Calcutta medical institutions reports 1871-78
Year: 1871
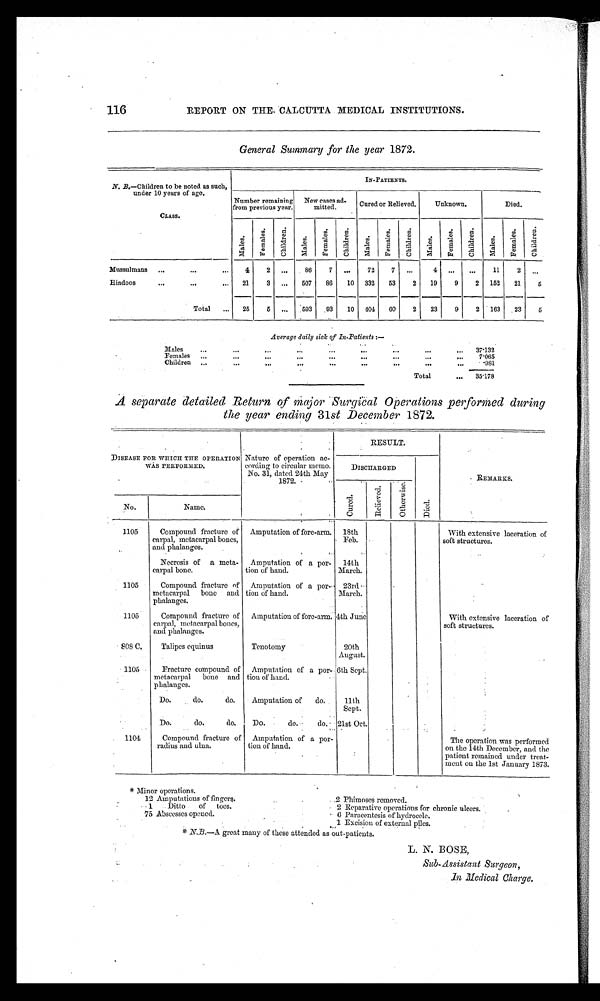
116
REPORT ON THE CALCUTTA MEDICAL INSTITUTIONS.
General Summary for the year 1872.
N. B.—Children to be noted as such,
under 10 years of age.
CLASS.
IN-PATIENTS.
Number remaining
from previous year.
New cases ad-
mitted.
Cured or Relieved.
Unknown.
Died.
Ma l e s .
F e ma l e s .
C h i l d r e n .
Ma l e s .
F e ma l e s .
Ch i l d r e n .
Ma l e s .
F e ma l e s .
C h i l d r e n .
Ma l e s .
F e ma l e s . Ch i l d r e n . Ma l e s . Fe ma l e s .
Chi l dr e n.
Mussulmans
4
2 ...
86
7 ...
72
7 ...
4
. . . ...
11
2
. . .
Hindoos
21
3 ... 507 86 10 332 53
2 19
9
2 152 21
5
Total
25
5 ... 593 93 10 404 60
2 23
9
2 163 23
5
Average daily sick of In-Patients:—
Males
...
...
...
...
...
...
...
...
... 37.132
Females ....
...
...
... ...
...
...
...
...
7.065
Children ...
...
...
...
...
... ...
...
...
981
Total
... 35.178
A separate detailed Return of major Surgical Operations performed durin
ng the year ending 31st December 1872.
DISEASE FOR WHICH THE OPERATION
WAS PERFORMED.
Nature of operation ac-
cording to circular memo.
No. 31, dated 24th May
1872.
RESULT.
REMARKS.
DISCHARGED
Died.
Cur ed.
Re l i e ve d.
O t h e r w i s e .
No.
Name.
1105
Compound fracture of
carpal, metacarpal bones,
and phalanges.
Amputation of fore-arm. 18th
Feb.
With extensive laceration of
s o f t s t r u c t u r e s .
Necrosis of a meta-
carpal bone.
Amputation of a por-
tion of hand.
14th
March.
1105
Compound fracture of
metacarpal bone and
phalanges.
Amputation of a por-
tion of hand.
23rd
March.
1105
Compound fracture of
carpal, metacarpal bones,
and phalanges.
Amputation of fore-arm. 4th June
With extensive laceration of
s o f t s t r u c t u r e s .
808 C.
Talipes equinus
Tenotomy
20th
August.
1105
Fracture compound of
metacarpal bone and
phalanges.
Amputation of a por-
tion of hand.
6th Sept.
Do. do. do.
Amputation of do.
11th
Sept.
Do. do. do.
Do. do. do. 21st Oct.
1104
Compound fracture of
radius and ulna.
Amputation of a por-
tion of hand.
The operation was performed
on the 14th December, and the
patient remained under treat-
ment on the 1st January 1873.
* Minor operations.
12 Amputations of fingers.
2 Phimoses removed.
1 Ditto of toes.
2 Reparative operations for chronic ulcers.
75 Abscesses opened.
6 Paracentesis of hydrocele.
1 Excision of external piles.
*N. B.—A great many of these attended as out-patients.
L. N. BOSE,
Sub-Assistant Surgeon,
In Medical Charge.